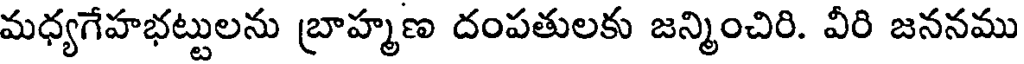
మధ్యగేహభట్టులను బ్రాహ్మణ దంపతులకు జన్మించిరి. వీరి జననము